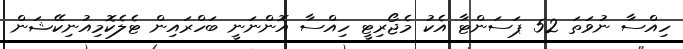
ހިއްސާ ނުވަތަ 52 ޕަސަންޓާ އެކު މެޖޯރިޓީ ހިއްސާ އޮންނަނީ ބަހްރައިން ޓެލެކޮމިއުނިކޭޝަން